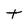
Character: t